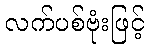
လက်ပစ်ဗုံးဖြင့်